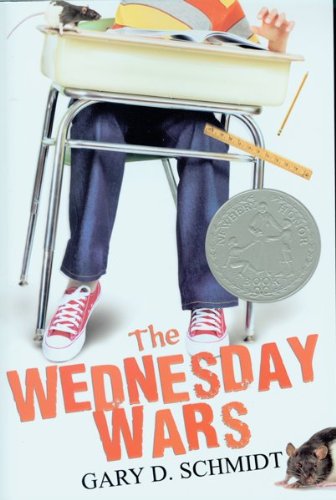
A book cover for The Wednesday Wars; Gary D. Schmidt; Children's Books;